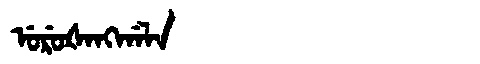
Manchu: ᡠᡵᡠᡧᠠᠩᡤᠠᠯᠠ
Romanization: URUŠANGGALA